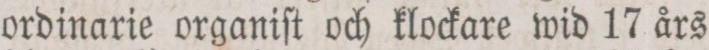
ordinarie organiſt och klockare wid 17 års